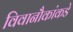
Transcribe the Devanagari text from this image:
विवानौकांकडे